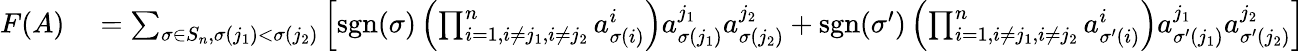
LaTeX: \begin{array}{rl}{F(A)}&{{}=\sum_{\sigma\in S_{n},\sigma(j_{1})<\sigma(j_{2})}\left[\operatorname{sgn}(\sigma)\left(\prod_{i=1,i\neq j_{1},i\neq j_{2}}^{n}a_{\sigma(i)}^{i}\right)a_{\sigma(j_{1})}^{j_{1}}a_{\sigma(j_{2})}^{j_{2}}+\operatorname{sgn}(\sigma^{\prime})\left(\prod_{i=1,i\neq j_{1},i\neq j_{2}}^{n}a_{\sigma^{\prime}(i)}^{i}\right)a_{\sigma^{\prime}(j_{1})}^{j_{1}}a_{\sigma^{\prime}(j_{2})}^{j_{2}}\right]}\end{array}